Annual report of the Punjab Veterinary College and of the Civil Veterinary Department, Punjab - 1920-1925
Year: 1920
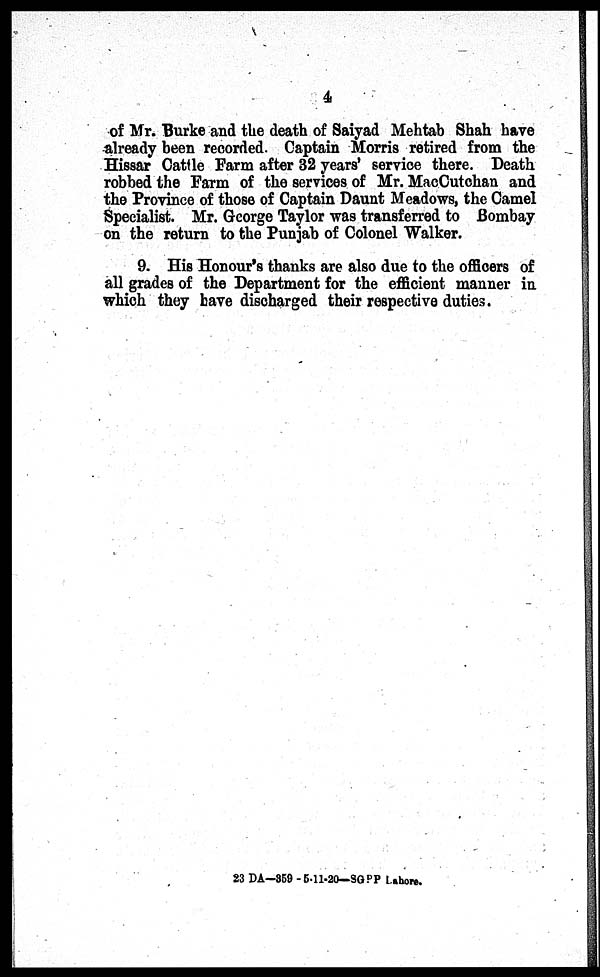
4
of Mr. Burke and the death of Saiyad Mehtab Shah have
already been recorded. Captain Morris retired from the
Hissar Cattle Farm after 32 years' service there. Death
robbed the Farm of the services of Mr. MacCutchan and
the Province of those of Captain Daunt Meadows, the Camel
Specialist. Mr. George Taylor was transferred to Bombay
on the return to the Punjab of Colonel Walker.
9. His Honour's thanks are also due to the officers of
all grades of the Department for the efficient manner in
which they have discharged their respective duties.
23 DA—359 -5-11-20—SGPP Lahore.